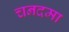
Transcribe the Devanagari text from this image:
चनदमा